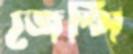
জেন্সি